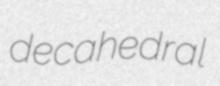
decahedral